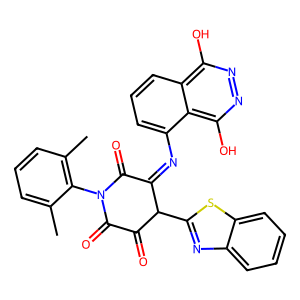
SMILES: Cc1cccc(C)c1N1C(=O)C(=O)C(c2nc3ccccc3s2)C(=Nc2cccc3c(O)nnc(O)c23)C1=O
Inhibits HIV replication: No